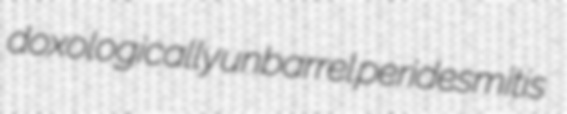
doxologically unbarrel peridesmitis